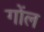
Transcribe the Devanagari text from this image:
गोंल